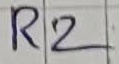
Text: R2